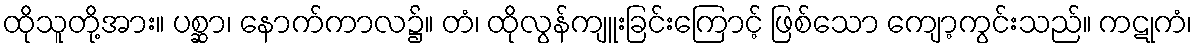
ထိုသူတို့အား။ ပစ္ဆာ၊ နောက်ကာလ၌။ တံ၊ ထိုလွန်ကျူးခြင်းကြောင့် ဖြစ်သော ကျော့ကွင်းသည်။ ကဋုကံ၊